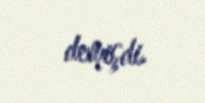
demişdi.